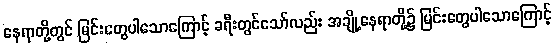
နေရာတို့တွင် မြင်းတွေပါသောကြောင့် ခရီးတွင်သော်လည်း အချို့နေရာတို့၌ မြင်းတွေပါသောကြောင့်